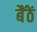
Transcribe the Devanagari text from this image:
बैंठें